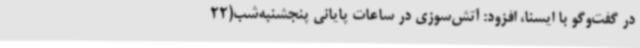
در گفت‌وگو با ایسنا، افزود: آتش‌سوزی در ساعات پایانی پنجشنبه‌شب(22